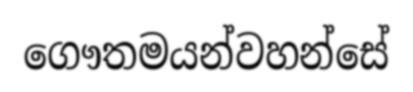
ගෞතමයන්වහන්සේ